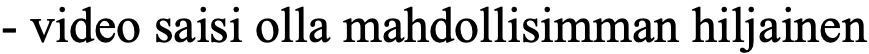
- video saisi olla mahdollisimman hiljainen